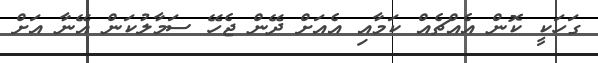
ގަހަކީ ކޮން އެއްޗެއް ކަމާއި އެއަށް ދޭން ޖެހޭ ސަމާލުކަން އޭނާ އަށް